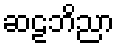
ဆဠဘိညာ